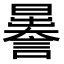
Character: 𧬉